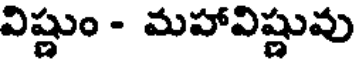
విష్ణుం - మహావిష్ణువు